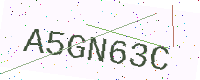
Text: A5GN63C